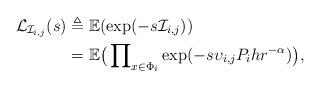
LaTeX: \begin{align*} \mathcal{L}_{\mathcal I_{i,j}}(s) &\triangleq \mathbb{E}(\exp({-s \mathcal I_{i,j}}))\\ &=\mathbb{E}\big(\prod\nolimits_{x\in\Phi_i}\exp(-s\upsilon_{i,j}P_i hr^{-\alpha})\big), \end{align*}